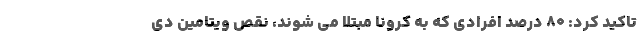
تاکید کرد: ۸۰ درصد افرادی که به کرونا مبتلا می شوند، نقص ویتامین دی